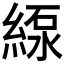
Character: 𦂥